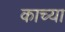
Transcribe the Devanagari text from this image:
काच्या